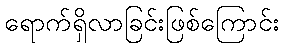
ရောက်ရှိလာခြင်းဖြစ်ကြောင်း